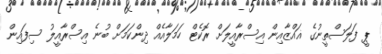
ޕީ ފަލަސްތީނުގެ ޣައްޒާއިން އިސްރާއީލަށް ރޮކެޓް ހަމަލާއެއް ދިންކަމަށް ބުނެ އިސްރާއީލު ސިފައިން